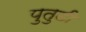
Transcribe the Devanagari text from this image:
पुतुडी